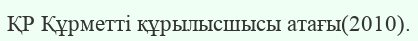
ҚР Құрметті құрылысшысы атағы(2010).